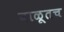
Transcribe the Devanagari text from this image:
वाळूतच